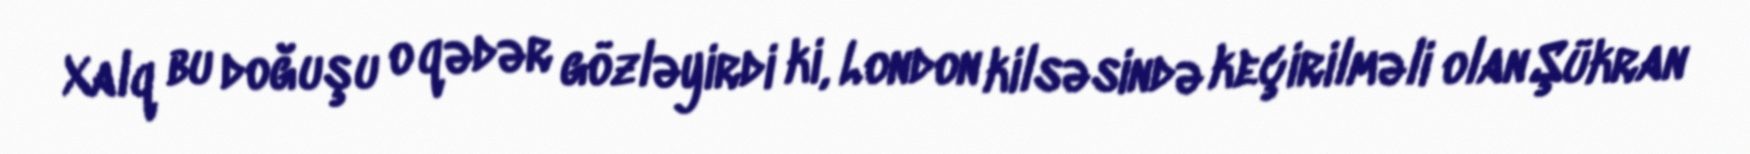
Xalq bu doğuşu o qədər gözləyirdi ki, London kilsəsində keçirilməli olan Şükran